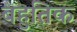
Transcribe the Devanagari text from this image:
बहुतिक